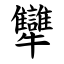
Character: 犫